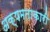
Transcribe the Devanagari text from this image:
अक्षमताकारी